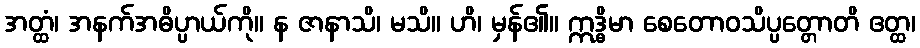
အတ္ထံ၊ အနက်အဓိပ္ပာယ်ကို။ န ဇာနာသိ၊ မသိ။ ဟိ၊ မှန်၏။ ဣဒ္ဓိမာ စေတောဝသိပ္ပတ္တောတိ ဧတ္ထ၊